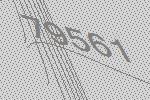
79561